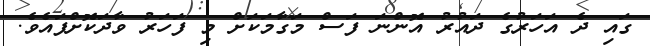
ގައި ދެ އަހަރުގެ ދައުރު އޮންނަ ފަސް މަގާމަކަށް މި ފަހަރު ވާދަކޮށްފައެވެ.